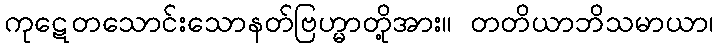
ကုဋေတသောင်းသောနတ်ဗြဟ္မာတို့အား။ တတိယာဘိသမာယာ၊